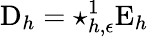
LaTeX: \mathrm{D}_{h}=\star_{{h,\epsilon}}^{1}\mathrm{E}_{h}